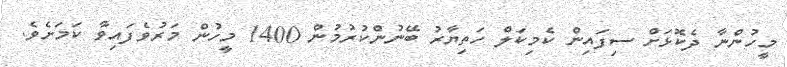
މީހުންނާ ދެކޮޅަށް ސިފައިން ކެމިކަލް ހަތިޔާރު ބޭނުންކުރުމުން 1400 މީހުން މަރުވެފައިވާ ކަމަށެވެ.